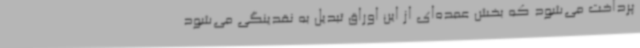
پرداخت می‌شود که بخش عمده‌ای از این اوراق تبدیل به نقدینگی می‌شود